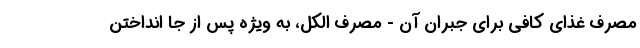
مصرف غذای کافی برای جبران آن - مصرف الکل، به ویژه پس از جا انداختن